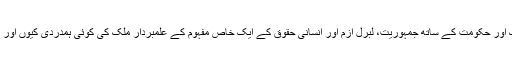
تو پھر ایسی تحریک اور حکومت کے ساتھ جمہوریت، لبرل ازم اور انسانی حقوق کے ایک خاص مفہوم کے علمبردار ملک کی کوئی ہمدردی کیوں اور کیسے ہوسکتی ہے۔